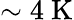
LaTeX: \sim 4~\mathrm{K}